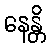
နေန္တိ